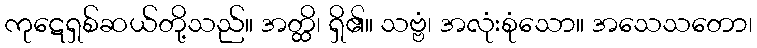
ကုဋေရှစ်ဆယ်တို့သည်။ အတ္ထိ၊ ရှိ၏။ သဗ္ဗံ၊ အလုံးစုံသော။ အသေသတော၊